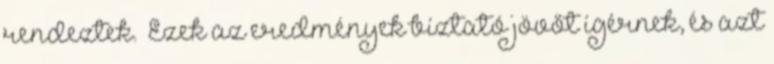
rendeztek. “Ezek az eredmények bíztató jövőt ígérnek, és azt